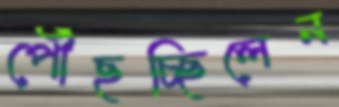
পৌঁছচ্ছিলেন